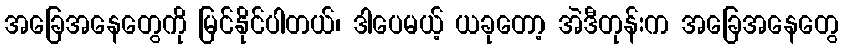
အခြေအနေတွေကို မြင်နိုင်ပါတယ်၊ ဒါပေမယ့် ယခုတော့ အဲဒီတုန်းက အခြေအနေတွေ